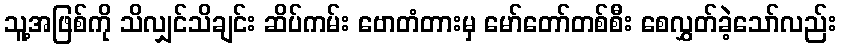
သူ့အဖြစ်ကို သိလျှင်သိချင်း ဆိပ်ကမ်း ဗောတံတားမှ မော်တော်တစ်စီး စေလွှတ်ခဲ့သော်လည်း